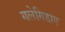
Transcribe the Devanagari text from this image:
गलेगिडाए